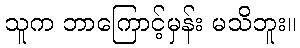
သူက ဘာကြောင့်မှန်း မသိဘူး။